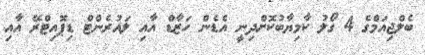
ބެލްޖިއަމްގެ 4 ގޯލު ކާމިޔާބުކޮށްދިނީ އެޑެން ހަޒާޑް އާއި ލައުރެންޓް ޑިޕޮއިޓްރޭ އާއި